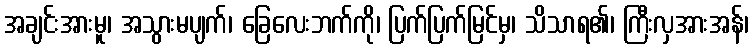
အချင်းအားမူ၊ အသွားမပျက်၊ ခြေလေးဘက်ကို၊ ပြက်ပြက်မြင်မှ၊ သိသာရ၏၊ ကြီးလှအားအန်၊